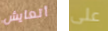
أتعايش على